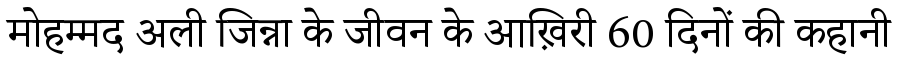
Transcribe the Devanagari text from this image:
मोहम्मद अली जिन्ना के जीवन के आख़िरी 60 दिनों की कहानी